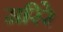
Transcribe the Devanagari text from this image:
मरिरे